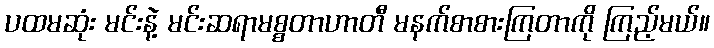
ပထမဆုံး မင်းနဲ့ မင်းဆရာမစ္စတာဟာတီ မနက်စာစားကြတာကို ကြည့်မယ်။